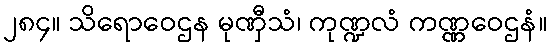
၂၈၄။ သိရောဝေဌန မုဏှီသံ၊ ကုဏ္ဍလံ ကဏ္ဏဝေဌနံ။